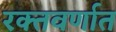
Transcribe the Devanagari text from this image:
रक्तवर्णात